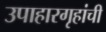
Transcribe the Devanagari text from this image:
उपाहारगृहांची